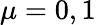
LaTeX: \mu=0,1